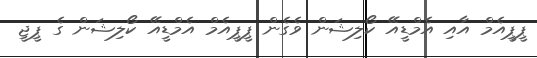
ޕީޕީއެމް އާއި އެމްޑީއޭ ކޯލިޝަން ވެގެން ޕީޕީއެމް އެމްޑީއޭ ކޯލިޝަން ގެ ޕީޖީ